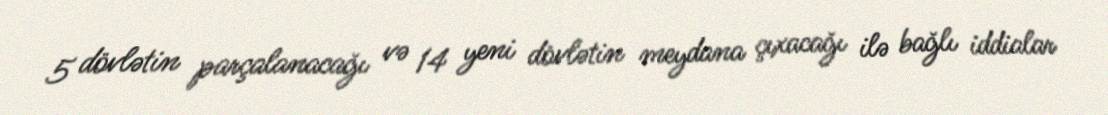
5 dövlətin parçalanacağı və 14 yeni dövlətin meydana çıxacağı ilə bağlı iddialar